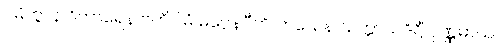
ဂမိတွာန ဝိကာရေန ဗဟိဂါမံ မဂ္ဂေနပီတိ ဟယေန သက္ကာယဒိဋ္ဌိံ ပုဏ္ဏမာယ